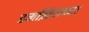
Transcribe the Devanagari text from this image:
डमझिलच्या